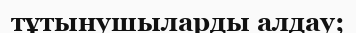
тұтынушыларды алдау;